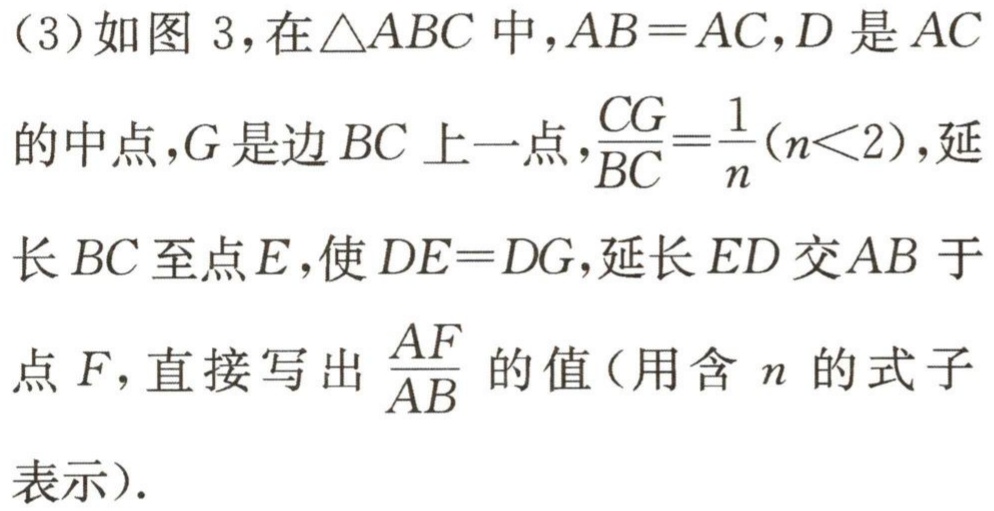
（3）如图 3，在$\triangle ABC$中，$AB = AC$，$D$是$AC$的中点，$G$是边$BC$上一点，$\frac{CG}{BC}=\frac{1}{n}(n<2)$，延长$BC$至点$E$，使$DE = DG$，延长$ED$交$AB$于点$F$，直接写出$\frac{AF}{AB}$的值（用含$n$的式子表示）.